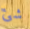
شئ